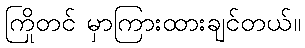
ကြိုတင် မှာကြားထားချင်တယ်။